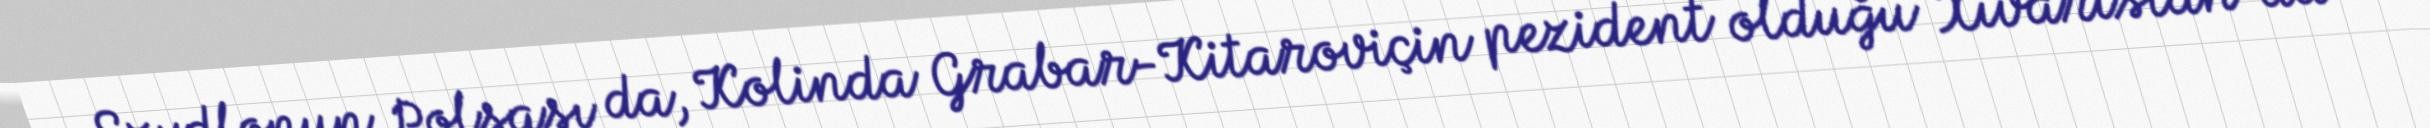
Szydlonun Polşası da, Kolinda Grabar-Kitaroviçin pezident olduğu Xıvarıstan da